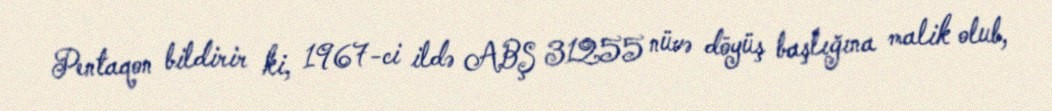
Pentaqon bildirir ki, 1967-ci ildə ABŞ 31255 nüvə döyüş başlığına malik olub,